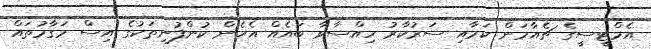
އެމްޓީސީގެ ޗެއާމަން ކަމާއި ސަރުކާރު ހިއްސާވާ ބައެއް އެހެން ކުންފުނިތަކުގެ އިސް މަގާމުތައް